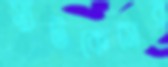
স্যুটকেসের